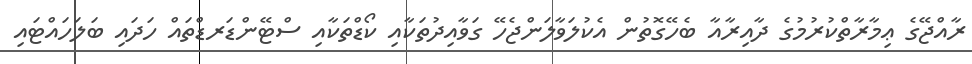
ރާއްޖޭގެ ޢިމާރާތްކުރުމުގެ ދާއިރާއާ ބެހޭގޮތުން އެކުލަވާލަންޖެހޭ ގަވާއިދުތަކާއި ކޯޑްތަކާއި ސްޓޭންޑަރޑްތައް ހަދައި ބަލަހައްޓައި